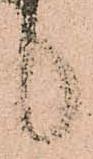
候